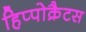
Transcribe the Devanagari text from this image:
हिप्पोक्रैटस